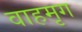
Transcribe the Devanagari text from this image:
वाहमृग